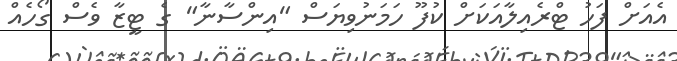
އެއަށް ފަހު ޓްރެއިލާއަކަށް ކުފޫ ހަމަނުވިޔަސް "އިންސާނާ" ގެ ޓީޒާ ވެސް ގޯހެއް